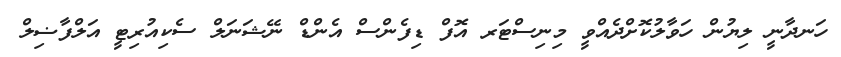
ހަނދާނީ ލިޔުން ހަވާލުކޮށްދެއްވީ މިނިސްޓަރ އޮފް ޑިފެންސް އެންޑް ނޭޝަނަލް ސެކިއުރިޓީ އަލްފާޟިލް